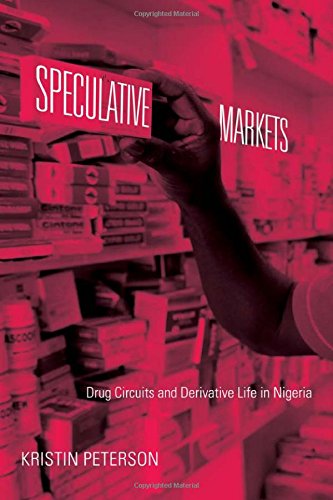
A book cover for Speculative Markets: Drug Circuits and Derivative Life in Nigeria (Experimental Futures); Kristin Peterson; History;